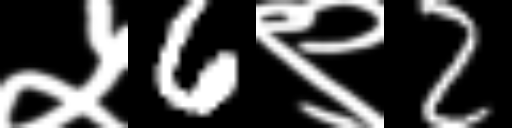
Text: ५6९2